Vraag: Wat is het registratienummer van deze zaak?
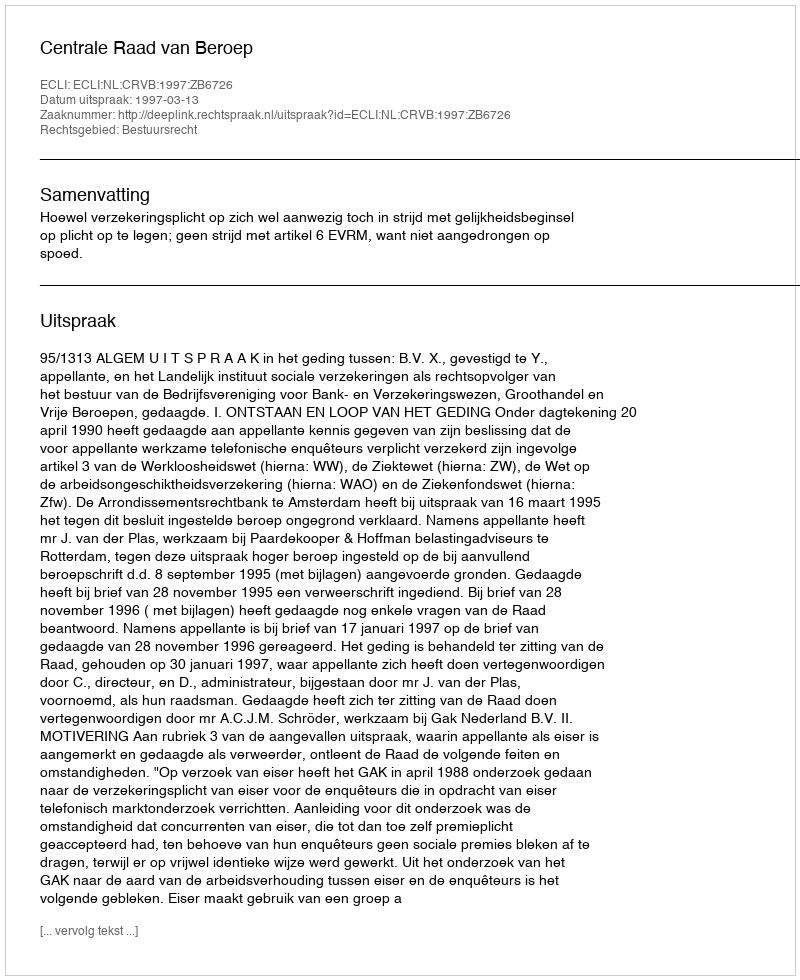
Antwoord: http://deeplink.rechtspraak.nl/uitspraak?id=ECLI:NL:CRVB:1997:ZB6726